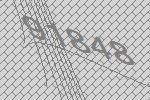
91848